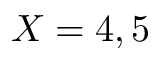
X = 4 , 5